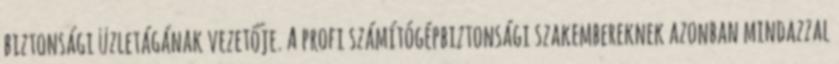
biztonsági üzletágának vezetője. A profi számítógépbiztonsági szakembereknek azonban mindazzal